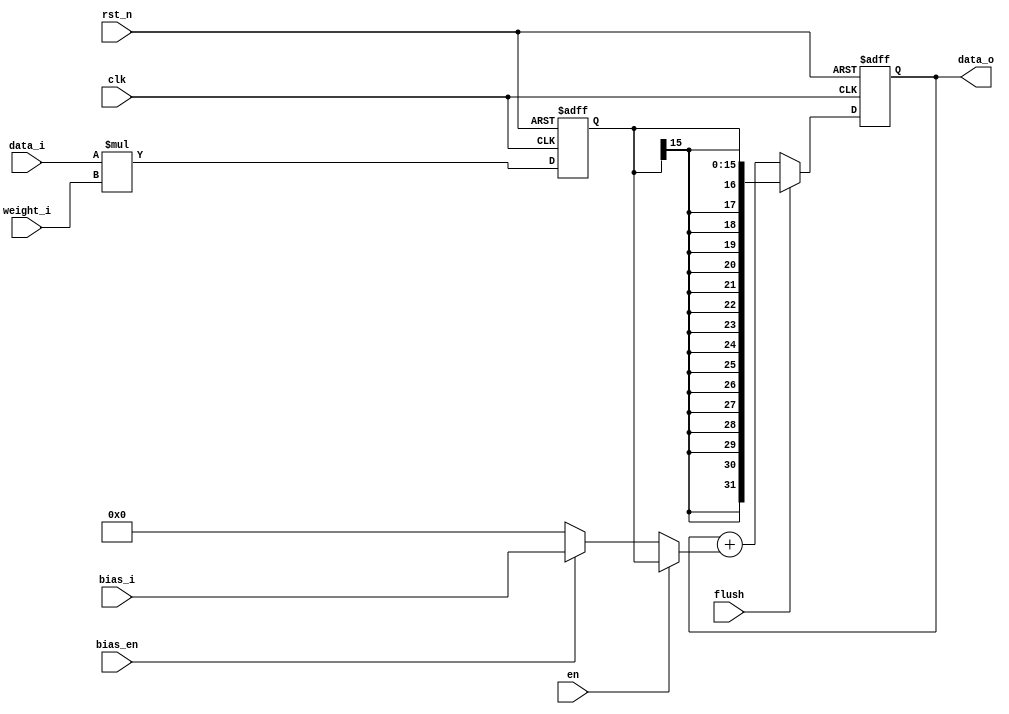
//////////////////////////////////////////////////////////////////////////////////
// School: Shanghai Jiao Tong University
//
// Create Date: 
// Module Name: pe_fc
// Project Name: CNN 
// Description: The pe of full connected layer
//
// Revision:
//
//////////////////////////////////////////////////////////////////////////////////

module pe_fc(
		input clk,
		input rst_n,
		input signed [7:0] data_i,
		input signed [7:0] weight_i,
		input signed [15:0] bias_i,
		input en,
		input bias_en,
		input flush,
		
		output reg signed [31:0] data_o
);

reg signed [15:0] mul;
reg signed [15:0] add;   //combination logic

always @(posedge clk or negedge rst_n) begin
	if (!rst_n)
		mul <= 0;
	else 
		mul <= data_i * weight_i;
end

always @(*) begin
	if (en)
		add = mul;
	else if (bias_en)
		add = bias_i;
	else
		add = 0;
end

always @(posedge clk or negedge rst_n) begin
	if (!rst_n)
		data_o <= 0;
	else if (flush)
		data_o <= mul;
	else 
		data_o <= data_o + add;
end




endmodule